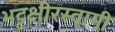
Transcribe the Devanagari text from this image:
भट्टक्षीरस्वामी